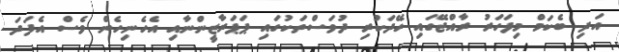
އަދި ބެކަމް މިފަހަރު ރާއްޖޭގައި ހޭދަކުރި ދުވަސްތަކުގައި ޕަޕަރާޒީންނާއި އެހެނިހެން ވެސް އެފަދަ